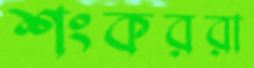
শংকররা